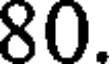
80.